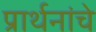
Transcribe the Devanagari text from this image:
प्रार्थनांचे